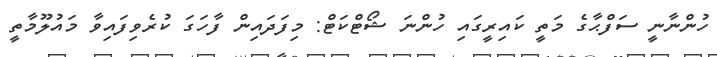
ހުންނާނީ ސަފްޙާގެ މަތީ ކައިރީގައި ހުންނަ ޝޯޓްކަޓް: މިފަދައިން ފާހަގަ ކުރެވިފައިވާ މައުލޫމާތީ